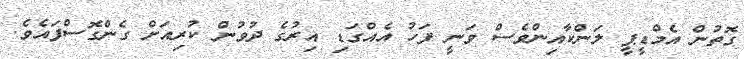
ގޮތުން އެމްޑީޕީ ލަންކާއިންވެސް ވަނީ ފަހު އެއްގަޑި އިރުގެ ދުވުން ކުރިއަށް ގެންގޮސްފައެވެ.